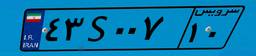
۸۵S۳۹۵۶۲